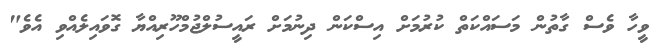
ވީހާ ވެސް ގާތުން މަސައްކަތް ކުރުމަށް އިސްކަން ދިނުމަށް ރައީސުލްޖުމްހޫރިއްޔާ ގޮވައިލެއްވި އެވެ"